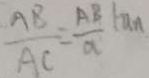
\frac { A B } { A C } = \frac { A B } { a } \tan